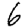
Digit: 6